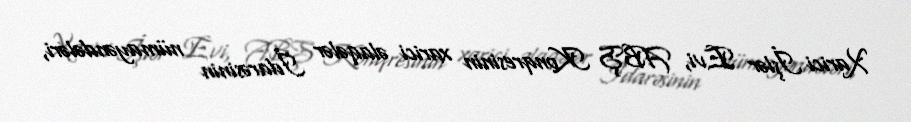
Xarici İşlər Evi, ABŞ Konqresinin xarici əlaqələr İdarəsinin nümayəndələri,